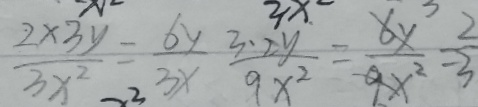
\frac { 2 \times 3 y } { 3 x ^ { 2 } } = \frac { 6 y } { 3 x } \frac { 3 \cdot 2 y } { 9 x ^ { 2 } } = \frac { 6 y } { 9 x ^ { 2 } } = \frac { 2 } { 3 }